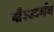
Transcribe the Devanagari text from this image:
गौरववर्णन